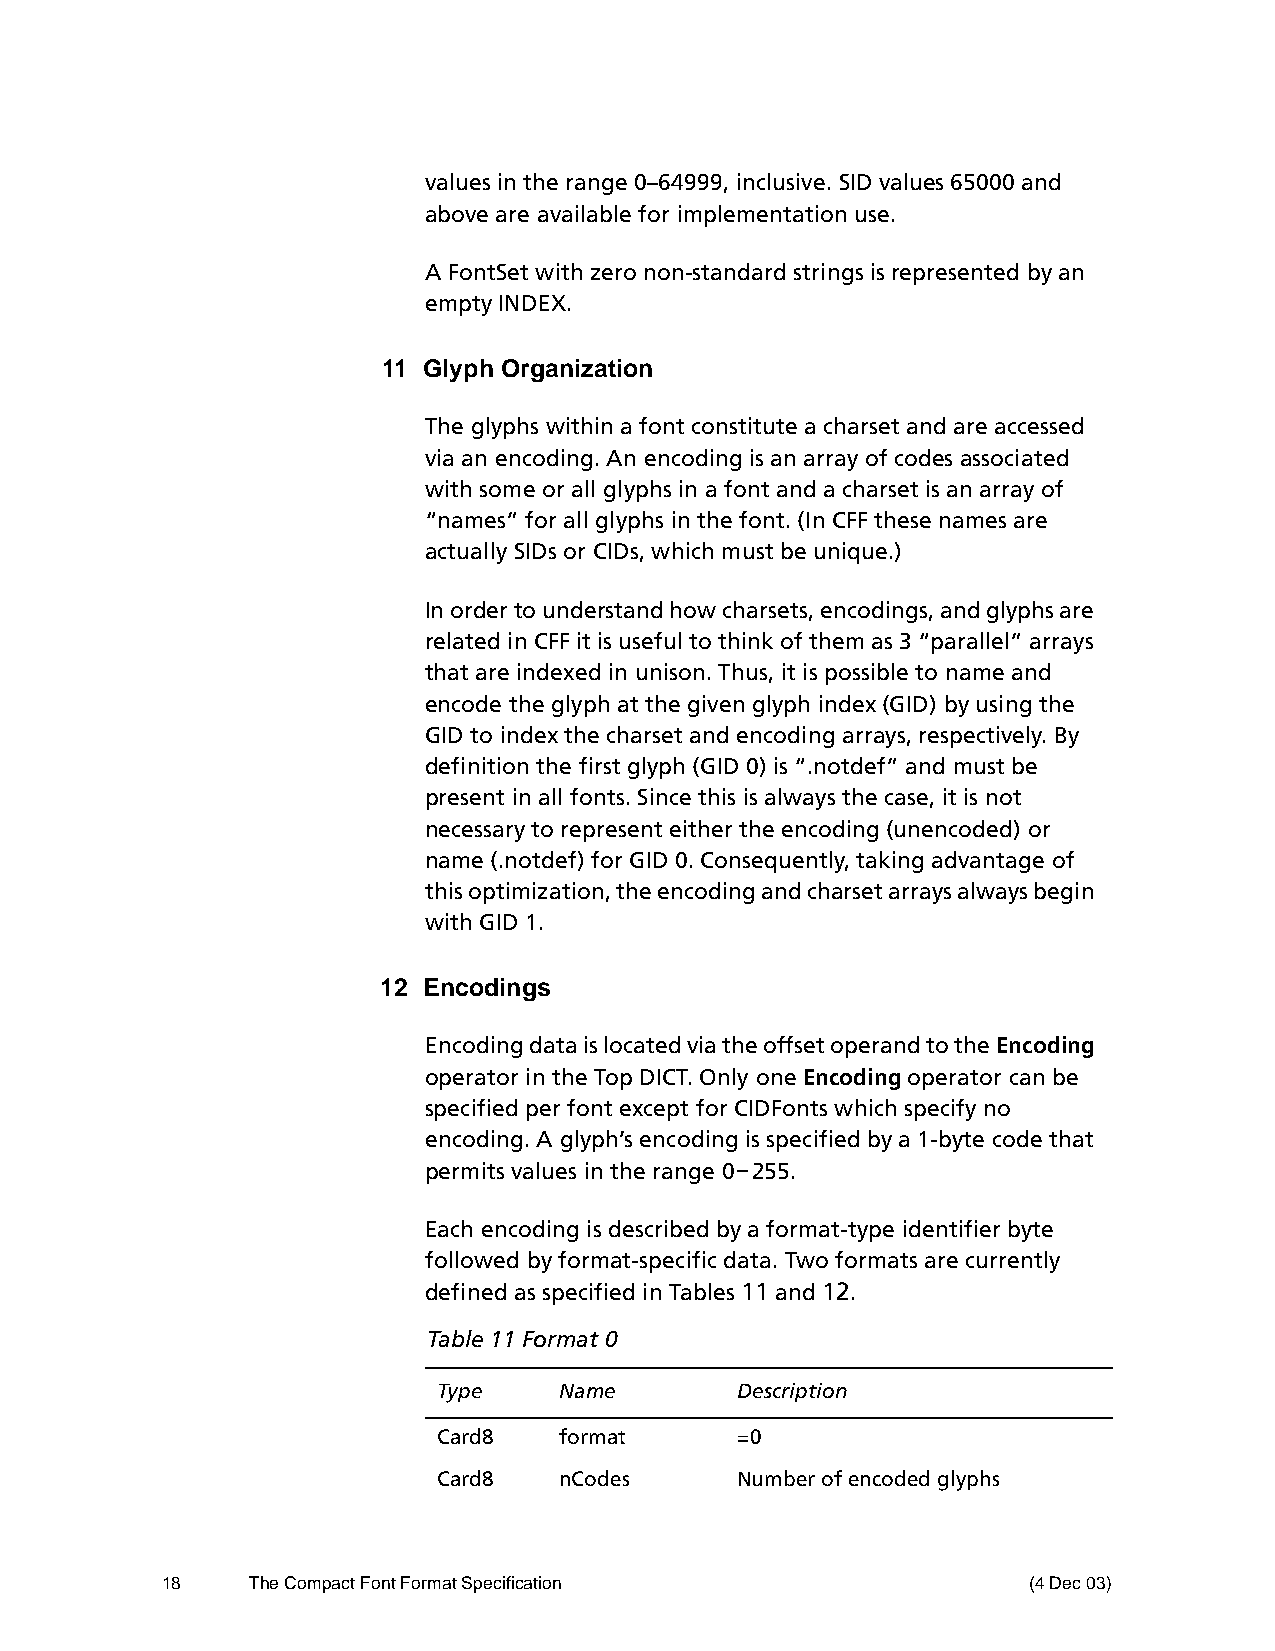
values in the range 0–64999, inclusive. SID values 65000 and
 above are available for implementation use.
 A FontSet with zero non-standard strings is represented by an
 empty INDEX.
 11 Glyph Organization
 The glyphs within a font constitute a charset and are accessed
 via an encoding. An encoding is an array of codes associated
 with some or all glyphs in a font and a charset is an array of
 “names” for all glyphs in the font. (In CFF these names are
 actually SIDs or CIDs, which must be unique.)
 In order to understand how charsets, encodings, and glyphs are
 related in CFF it is useful to think of them as 3 “parallel” arrays
 that are indexed in unison. Thus, it is possible to name and
 encode the glyph at the given glyph index (GID) by using the
 GID to index the charset and encoding arrays, respectively. By
 definition the first glyph (GID 0) is “.notdef” and must be
 present in all fonts. Since this is always the case, it is not
 necessary to represent either the encoding (unencoded) or
 name (.notdef) for GID 0. Consequently, taking advantage of
 this optimization, the encoding and charset arrays always begin
 with GID 1.
 12 Encodings
 Encoding data is located via the offset operand to the Encoding
 operator in the Top DICT. Only one Encoding operator can be
 specified per font except for CIDFonts which specify no
 encoding. A glyph’s encoding is specified by a 1-byte code that
 permits values in the range 0–255.
 Each encoding is described by a format-type identifier byte
 followed by format-specific data. Two formats are currently
 defined as specified in Tables 11 and 12.
 Table 11 Format 0
 Type    Name        Description
 Card8   format      =0
 Card8   nCodes      Number of encoded glyphs
 18    The Compact Font Format Specification              (4 Dec 03)